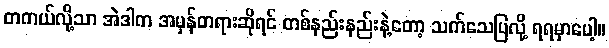
တကယ်လို့သာ အဲဒါက အမှန်တရားဆိုရင် တစ်နည်းနည်းနဲ့တော့ သက်သေပြလို့ ရရမှာပေါ့။